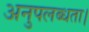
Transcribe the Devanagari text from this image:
अनुपलब्धता।